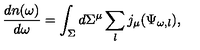
{ \frac { d n ( \omega ) } { d \omega } } = \int _ { \Sigma } d \Sigma ^ { \mu } \sum _ { l } j _ { \mu } ( \Psi _ { \omega , l } ) ,